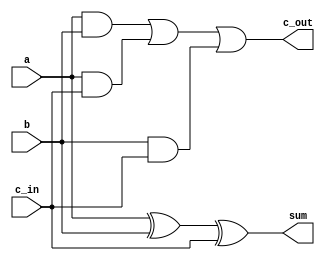
`timescale 1ns / 1ps
//////////////////////////////////////////////////////////////////////////////////
// Company: 
// Engineer: 
// 
// Design Name: 
// Module Name: adder1
// Project Name: 
// Target Devices: 
// Tool Versions: 
// Description: 
// 
// Dependencies: 
// 
// Revision:
// Revision 0.01 - File Created
// Additional Comments:
// 
//////////////////////////////////////////////////////////////////////////////////


module adder1bit(a,b,c_in,c_out,sum);
input a, b, c_in;
output sum, c_out;

assign sum = a ^ b ^ c_in;
assign c_out =  (a & b) | (a & c_in) | (b & c_in);

endmodule